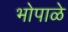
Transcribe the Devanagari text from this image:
भोपाळे